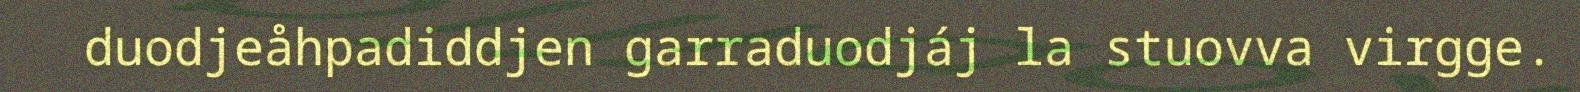
duodjeåhpadiddjen garraduodjáj la stuovva virgge.